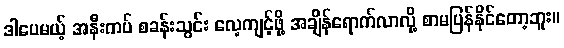
ဒါပေမယ့် အနီးကပ် စခန်းသွင်း လေ့ကျင့်ဖို့ အချိန်ရောက်လာလို့ စာမပြန်နိုင်တော့ဘူး။